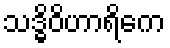
သဒ္ဓိဝိဟာရိကေ